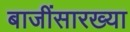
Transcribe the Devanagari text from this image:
बाजींसारख्या